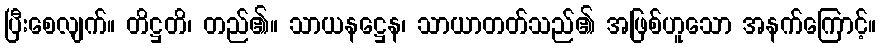
ပြီးစေလျက်။ တိဋ္ဌတိ၊ တည်၏။ သာယနဋ္ဌေန၊ သာယာတတ်သည်၏ အဖြစ်ဟူသော အနက်ကြောင့်။